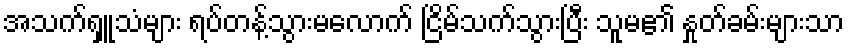
အသက်ရှူသံများ ရပ်တန့်သွားမလောက် ငြိမ်သက်သွားပြီး သူမ၏ နှုတ်ခမ်းများသာ